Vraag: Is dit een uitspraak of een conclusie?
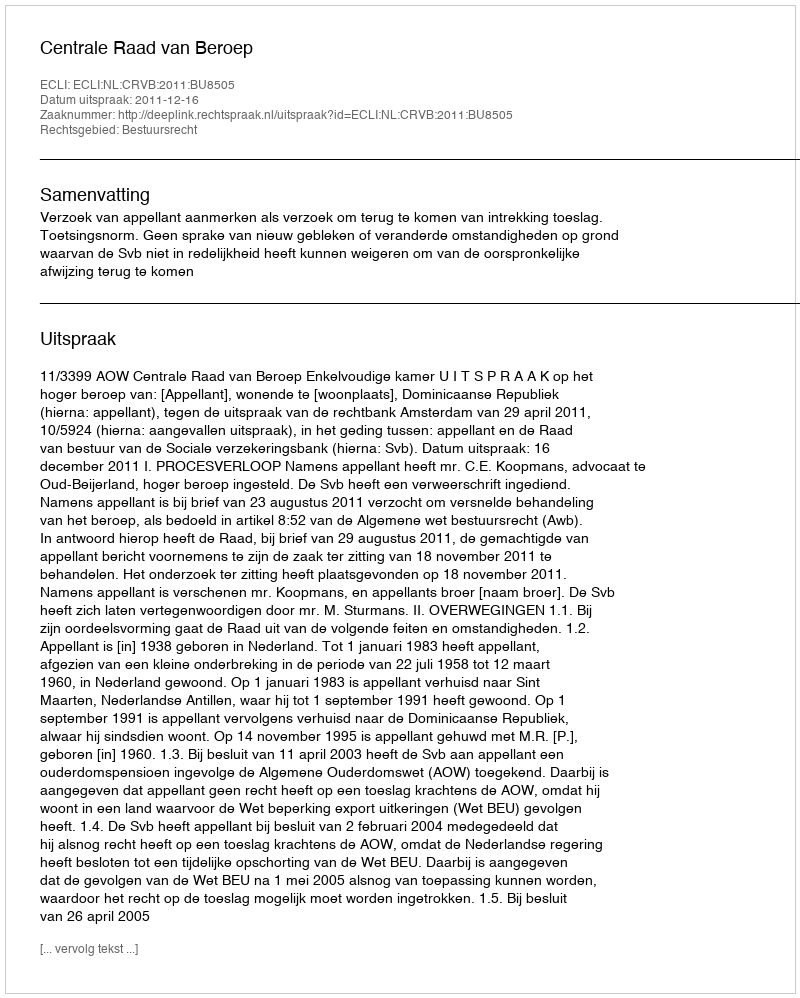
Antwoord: Uitspraak